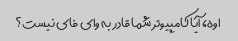
اوه، آیا کامپیوتر شما قادر به وای فای نیست؟